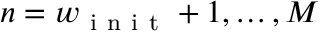
\ensuremath { n } = w _ { \mathrm { ~ i ~ n ~ i ~ t ~ } } + 1 , \ldots , M